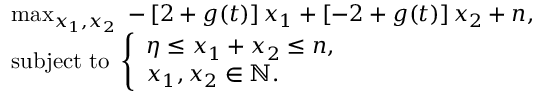
\begin{array} { r l } & { \operatorname* { m a x } _ { x _ { 1 } , x _ { 2 } } ~ - \left[ 2 + g ( t ) \right] x _ { 1 } + \left[ - 2 + g ( t ) \right] x _ { 2 } + n , } \\ & { \mathrm { s u b j e c t } ~ \mathrm { t o } ~ \left\{ \begin{array} { l l } { \eta \leq x _ { 1 } + x _ { 2 } \leq n , } \\ { x _ { 1 } , x _ { 2 } \in \mathbb { N } . } \end{array} \right. } \end{array}